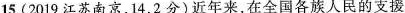
15.(2019江苏南京，14，2分)近年来，在全国各族人民的支援